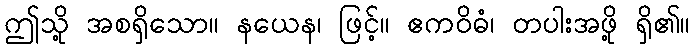
ဤသို့ အစရှိသော။ နယေန၊ ဖြင့်။ ဧကဝိဓံ၊ တပါးအဖို့ ရှိ၏။